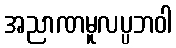
အညာဏမူလပ္ပဘဝါ